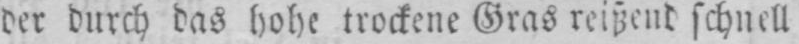
der durch das hohe trockene Gras reißend schnell